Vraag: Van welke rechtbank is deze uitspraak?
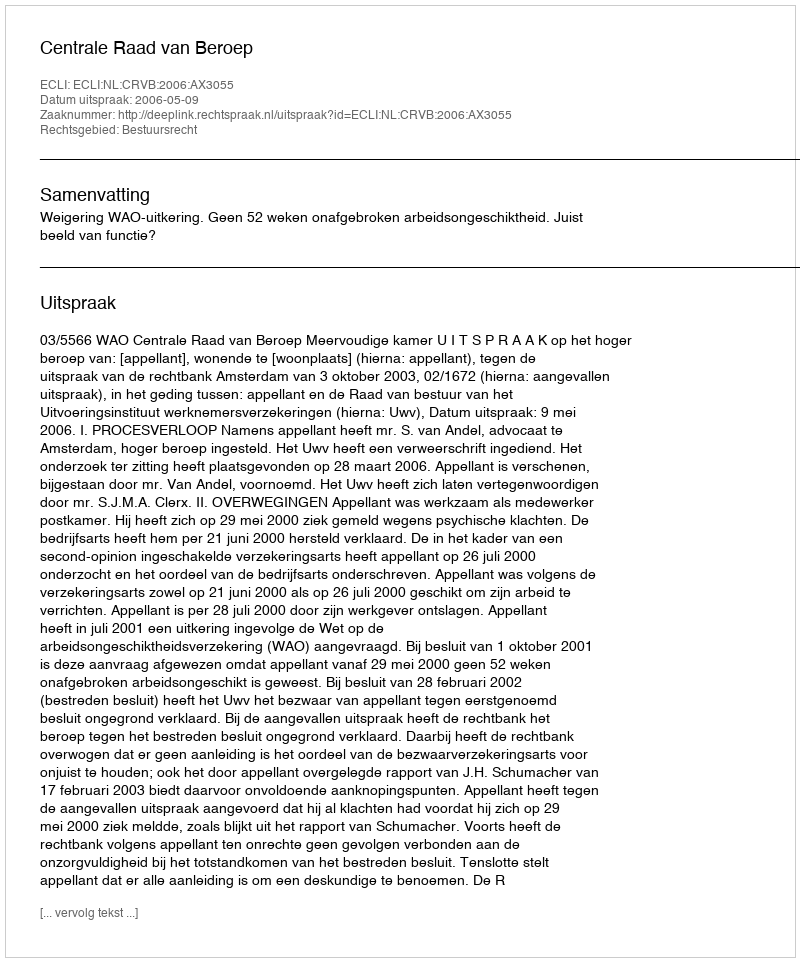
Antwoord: Centrale Raad van Beroep